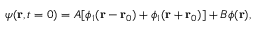
\psi ( \mathbf { r } , t = 0 ) = A [ \phi _ { 1 } ( \mathbf { r } - \mathbf { r } _ { 0 } ) + \phi _ { 1 } ( \mathbf { r } + \mathbf { r } _ { 0 } ) ] + B \phi ( \mathbf { r } ) ,